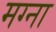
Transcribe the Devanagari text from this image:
मग्ना